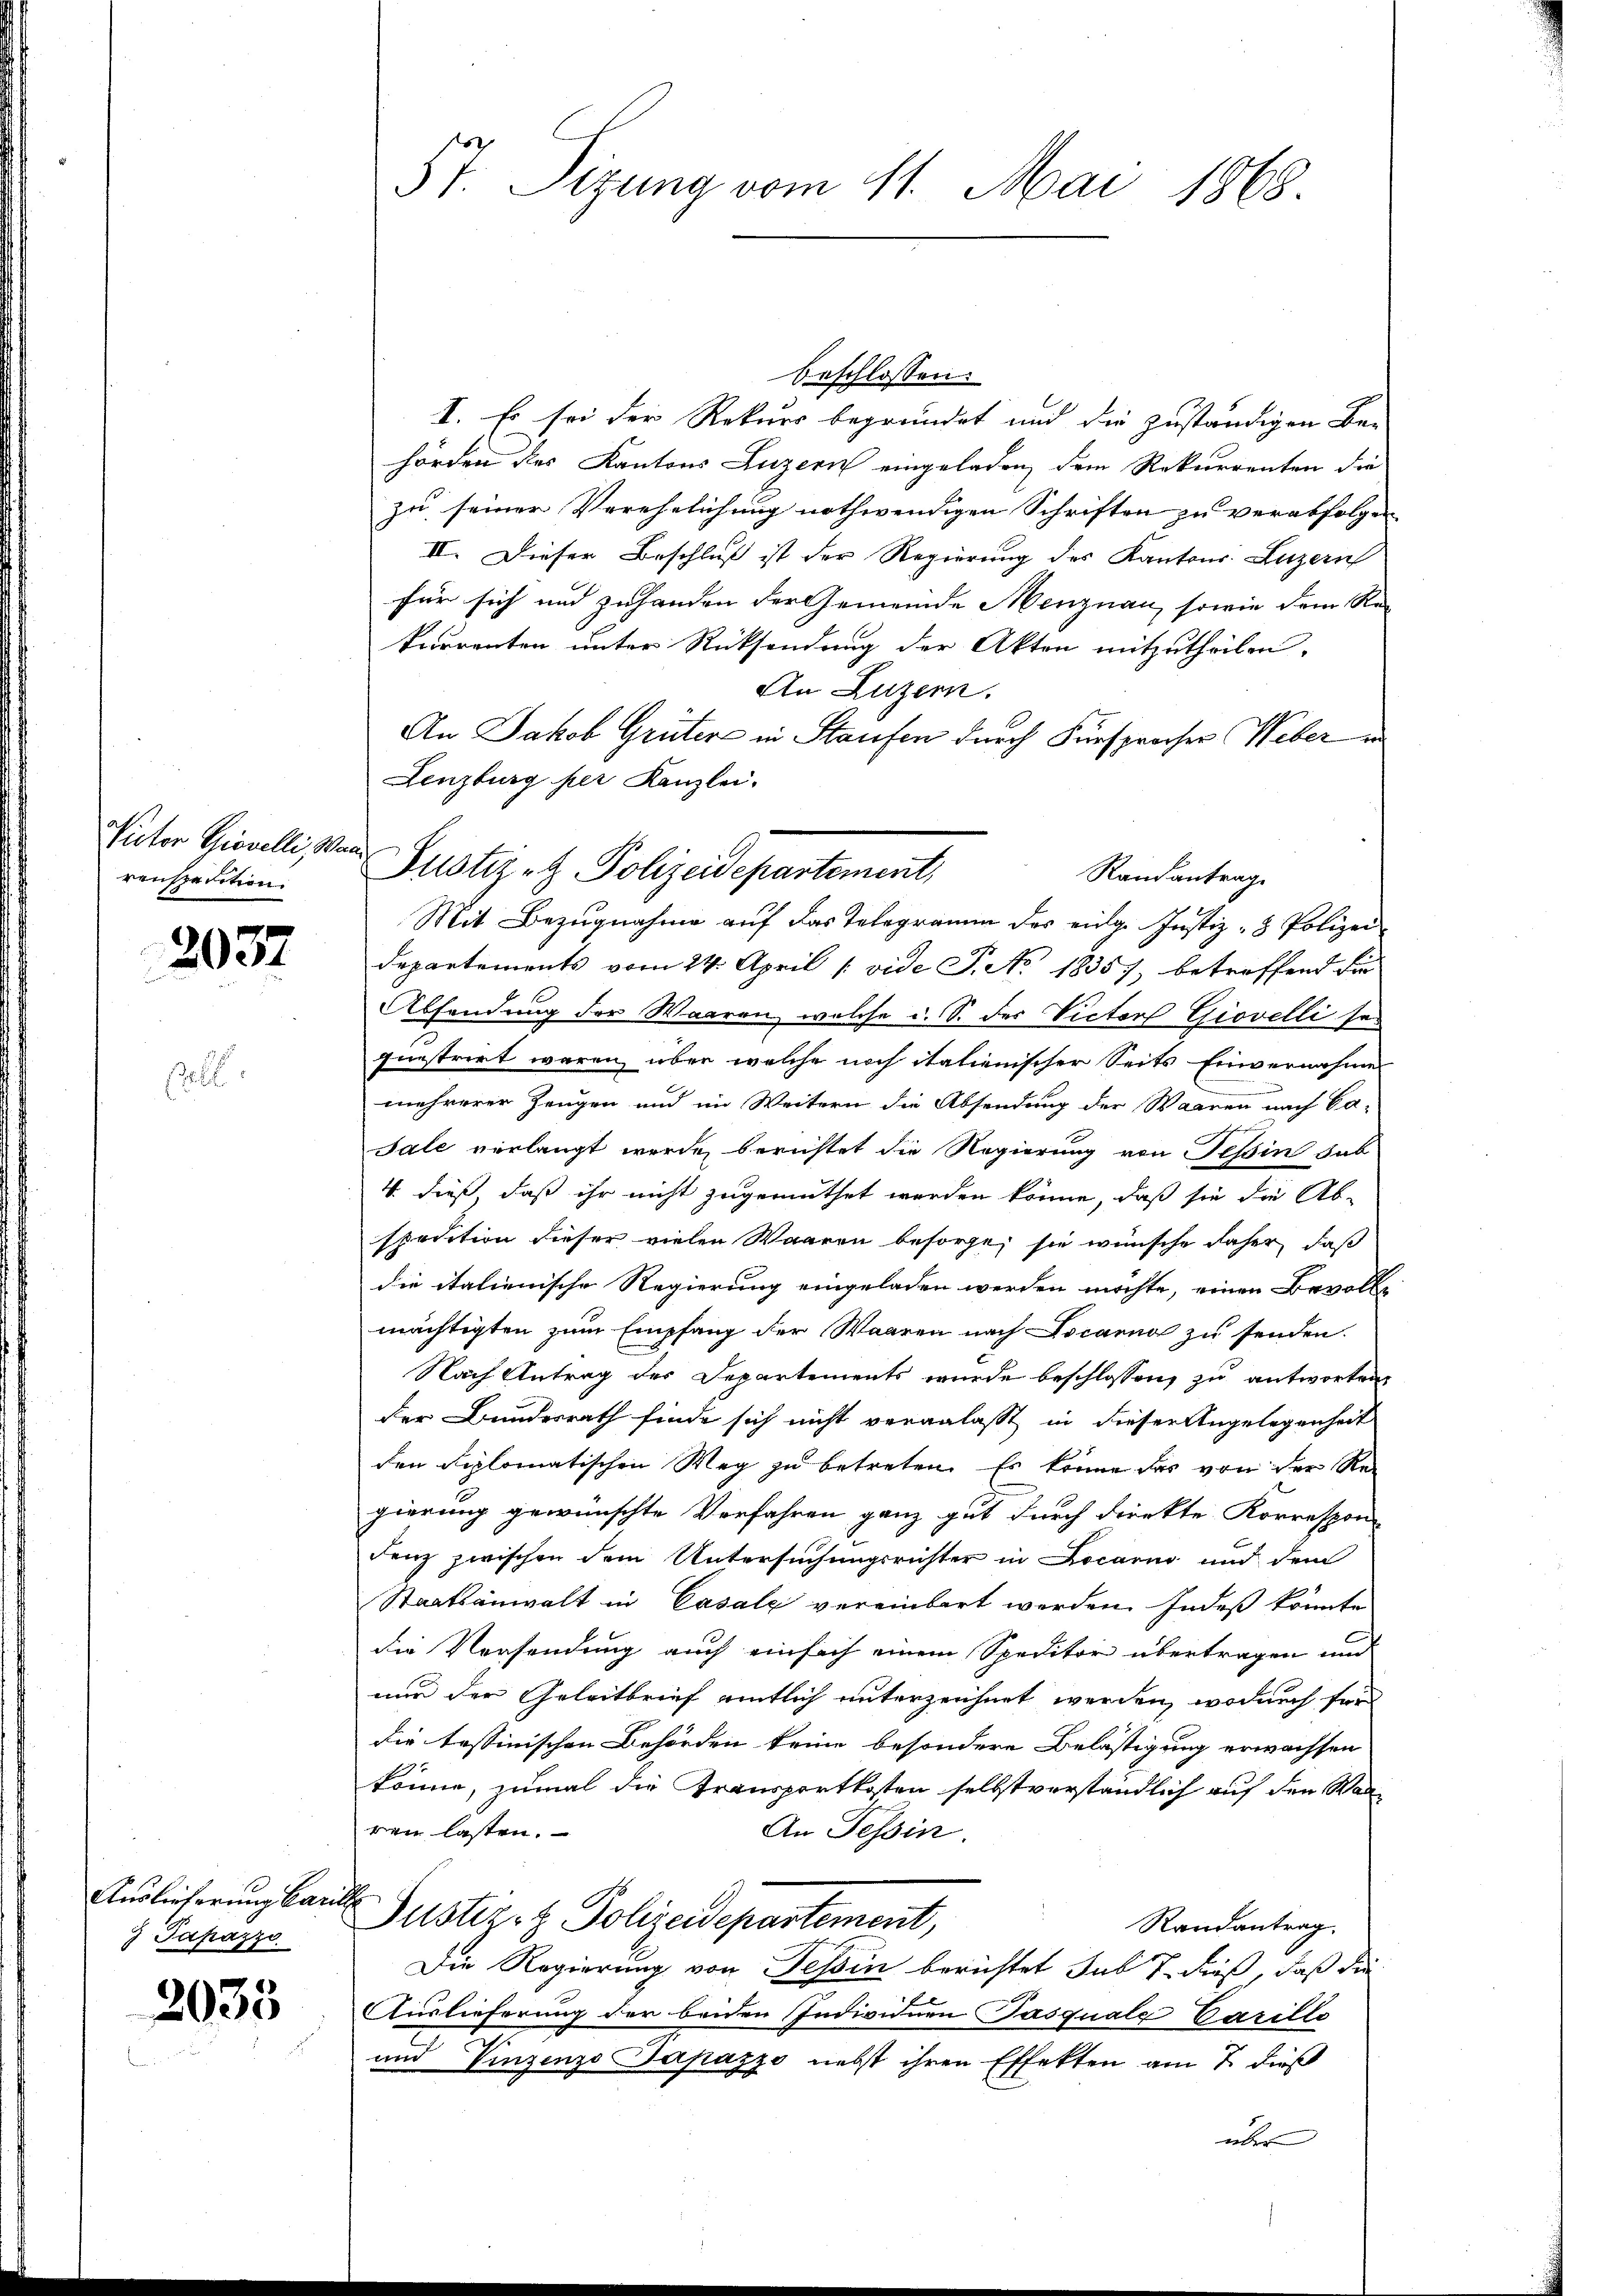
Pictor Piovelli, Man
renspection.

2037

l

Auslieferung bar
 Japazzi

2033

57. Sizung vom 11. Mai 1868.

Justiz- & Polizeidepartement,
Randantrag.

beschlossen:
I. Es sei der Rekurs begründet und die zuständigen Be-
hörden des Kantons Luzern eingeladen, dem Rekurrenten die
zu seiner Verehelichung nothwendigen Schriften zu verabfolgen
II. Dieser Beschluß ist der Regierung des Kantons Luzern
für sich und zuhanden der Gemeinde Menznau, sowie dem Re-
kurrenten unter Rücksendung der Akten mitzutheilen.
An Luzern.
An Jakob Grüter in Staufen durch Fürsprocher Weber e
Lenzburg her Kanzlei.
Mit Bezugnahme auf das Telegramm des einge Justiz- & Polizei
departements vom 24. April [vide P. No. 18357, betreffend die
Absendung der Waaren, welche u. S. des Victorf Giovelli sei
questrirt waren, über welche noch italienischer Seits Einvernahme
mehrerer Zeugen und im Weitern die Absendung der Waaren nach Ca-
Sale verlangt wurde, berichtet die Regierung von Tessin hab
4. dieß, daß ihr nicht zugemuthet werden könne, daß sie die Ab-
spedition dieser vielen Waaren besorge, sie wünsche daher, daß
die italienische Regierung eingeladen werden möchte, einen Bevolle
mächtigten zum Empfang der Waaren nach Locarno zu senden.
Nach Antrag des Departements wurde beschlossen, zu antworten,
der Bundesrath finde sich nicht veranlasst in dieser Angelegenheit
den diplomatischen Weg zu betreten. Es könne das von der Regierung gewünschte Verfahren ganz gut durch direkte Korrespon-
denz zwischen dem Untersuchungsrichter in Locarno und dem
Staatsanwalt in Casalz vereinbart werden. Indeß könnte
die Vorsendung auch einfach einem Speditor übertragen und
nur der Geleitbrief amtlich unterzeichnet werden, wodurch für
die tessinischen Behörden keine besondere Belästigung erwachsen
könne, zumal die Transportkosten selbstverständlich auf den Waren lassen.
An Tessin.
 Justiz- & Polizeidepartement,
Randantrag.
Die Regierung von Tessin berichtet sub 7. dieß, daß die
Auslieferung der beiden Individuen Pasquale Carills
und Vinzenzo Papazzo nebst ihren Effekten am 7. dieß
über